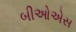
બીઓએસ